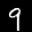
Label: 9